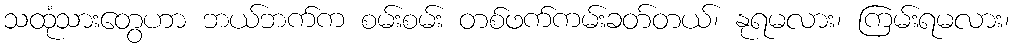
သထုံသားတွေဟာ ဘယ်ဘက်က စမ်းစမ်း တစ်ဖက်ကမ်းခတ်တယ်၊ နုရမလား၊ ကြမ်းရမလား၊